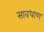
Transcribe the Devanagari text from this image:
सावधाण